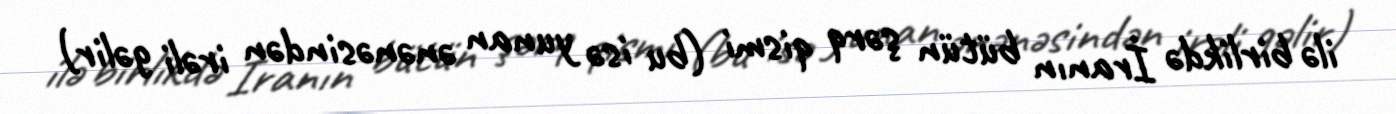
ilə birlikdə İranın bütün şərq qismi (bu isə yunan ənənəsindən irəli gəlir)